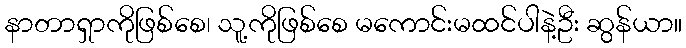
နာတာရှာကိုဖြစ်စေ၊ သူ့ကိုဖြစ်စေ မကောင်းမထင်ပါနဲ့ဦး ဆွန်ယာ။